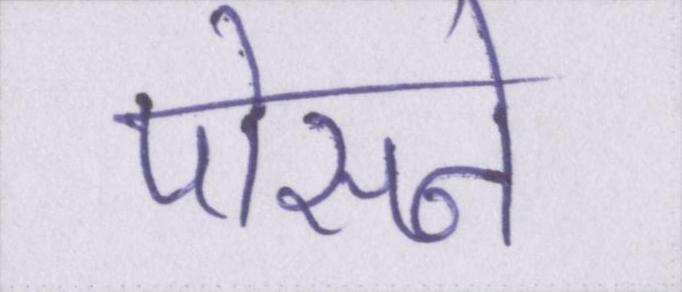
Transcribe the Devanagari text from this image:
पोसने